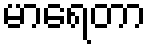
မာရေတာ